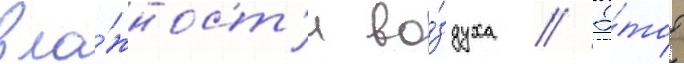
вла́жност'и во́здуха // Э́тот